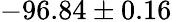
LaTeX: -96.84\pm 0.16